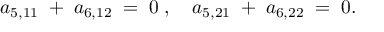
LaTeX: a _ { 5 , 1 1 } \; + \; a _ { 6 , 1 2 } \; = \; 0 \; , \quad a _ { 5 , 2 1 } \; + \; a _ { 6 , 2 2 } \; = \; 0 .